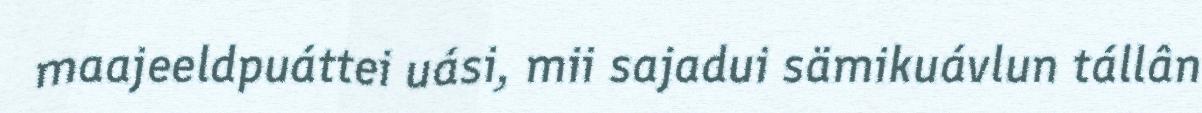
maajeeldpuáttei uási, mii sajadui sämikuávlun tállân